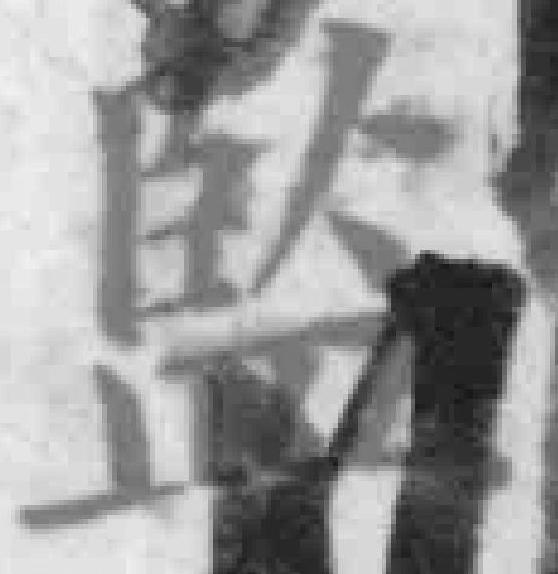
監